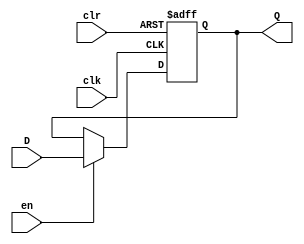
module register15(D,Q,en,clk,clr);
	input[14:0] D;
	output reg[14:0] Q;
	input en,clk,clr;
	
	initial begin 
		Q = 15'h00000000;
	end
	
	always @(posedge clk or posedge clr) begin
		if (clr)
			Q=15'h00000000;
		else if (en)
			Q=D;
	end
endmodule